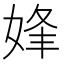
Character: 㛔